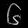
Digit: ၆